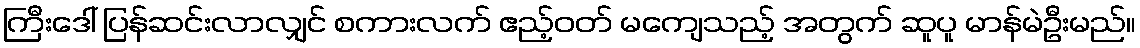
ကြီးဒေါ် ပြန်ဆင်းလာလျှင် စကားလက် ဧည့်ဝတ် မကျေသည့် အတွက် ဆူပူ မာန်မဲဦးမည်။